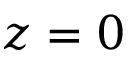
z = 0